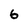
Character: 6